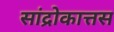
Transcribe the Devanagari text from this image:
सांद्रोकात्तस